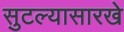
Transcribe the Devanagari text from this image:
सुटल्यासारखे